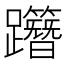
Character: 𨇸